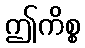
ဤကိစ္စ